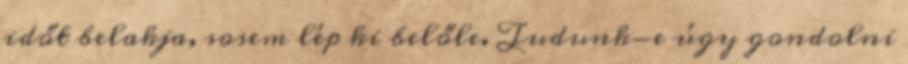
időt belakja, sosem lép ki belőle. Tudunk-e úgy gondolni